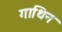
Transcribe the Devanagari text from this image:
गाथिन